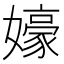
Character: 𱙰